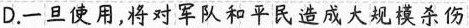
D.一旦使用，将对军队和平民造成大规模杀伤